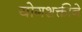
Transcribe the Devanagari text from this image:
योगशक्तीने